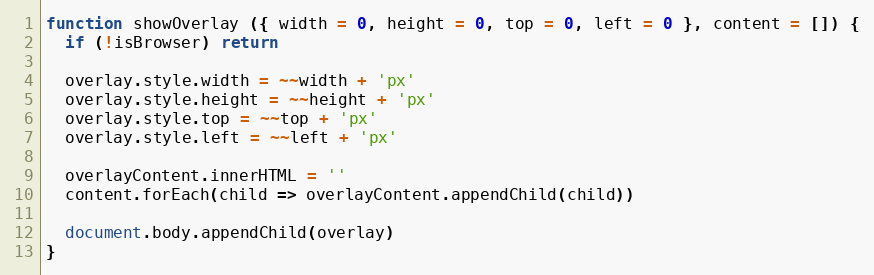
Language: JavaScript
function showOverlay ({ width = 0, height = 0, top = 0, left = 0 }, content = []) {
  if (!isBrowser) return

  overlay.style.width = ~~width + 'px'
  overlay.style.height = ~~height + 'px'
  overlay.style.top = ~~top + 'px'
  overlay.style.left = ~~left + 'px'

  overlayContent.innerHTML = ''
  content.forEach(child => overlayContent.appendChild(child))

  document.body.appendChild(overlay)
}